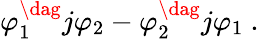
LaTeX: \varphi_{1}^{\dag}j\varphi_{2}-\varphi_{2}^{\dag}j\varphi_{1}~.